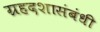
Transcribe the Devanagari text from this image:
ग्रहदशासंबंधी